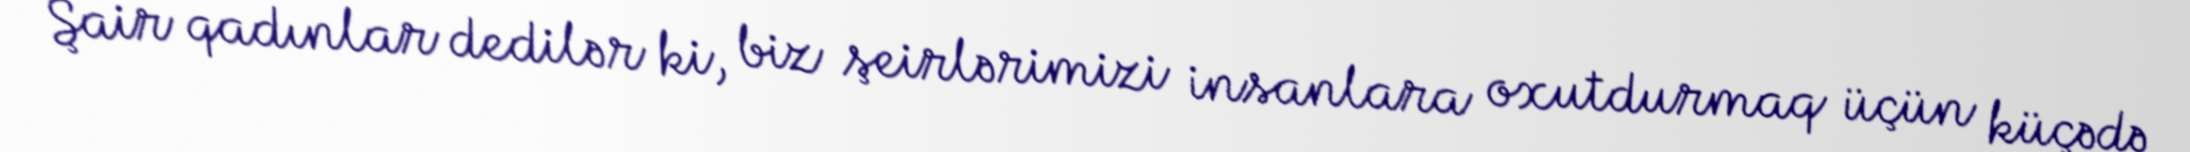
Şair qadınlar dedilər ki, biz şeirlərimizi insanlara oxutdurmaq üçün küçədə